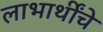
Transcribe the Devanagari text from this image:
लाभार्थींचे